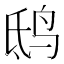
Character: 鸱